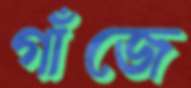
গাঁজে